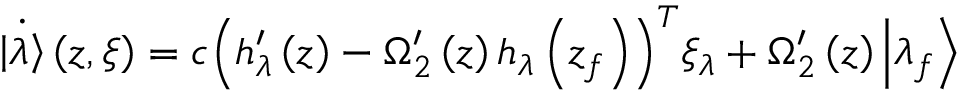
\begin{array} { r } { \dot { \left| { { \lambda } } \right\rangle } \left( z , \xi \right) = c { { \left( { { h } _ { \lambda } ^ { \prime } } \left( z \right) - { { \Omega } _ { 2 } ^ { \prime } } \left( z \right) { { h } _ { \lambda } } \left( { { z } _ { f } } \right) \right) } ^ { T } } { { \xi } _ { \lambda } } + { { \Omega } _ { 2 } ^ { \prime } } \left( z \right) { \left| { { \lambda } _ { f } } \right\rangle } } \end{array}